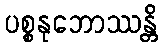
ပစ္စနုဘောဿန္တိ